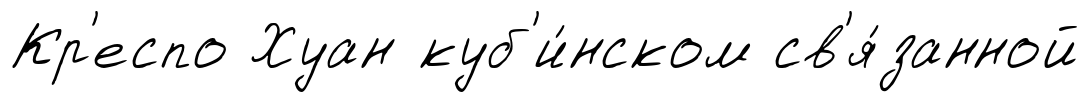
Кр'еспо Хуан куб'и́нском св'я́занной